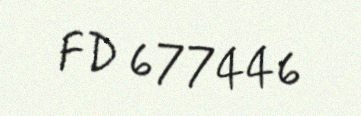
FD 677446